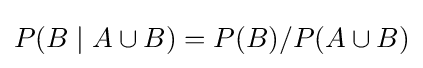
P(B\mid A\cup B)=P(B)/P(A\cup B)